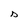
Character: s